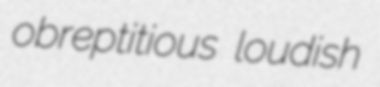
obreptitious loudish